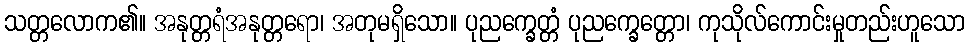
သတ္တလောက၏။ အနုတ္တရံအနုတ္တရော၊ အတုမရှိသော။ ပုညက္ခေတ္တံ ပုညက္ခေတ္တော၊ ကုသိုလ်ကောင်းမှုတည်းဟူသော